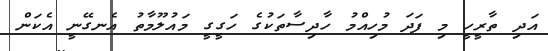
އަދި ތާރީހީ މި ފަދަ މުހިއްމު ހާދިސާތަކުގެ ހަގީގީ މައުލޫމާތު އެނގޭނީ އެކަން